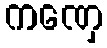
ကဏှေ